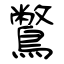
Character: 鷩